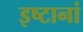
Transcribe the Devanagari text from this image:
इष्टानां